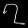
Digit: ၇